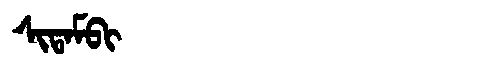
Manchu: ᠰᡳᡨᠠᠮᠪᡳ
Romanization: SITAMBI